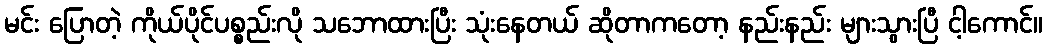
မင်း ပြောတဲ့ ကိုယ်ပိုင်ပစ္စည်းလို သဘောထားပြီး သုံးနေတယ် ဆိုတာကတော့ နည်းနည်း များသွားပြီ ငါ့ကောင်။